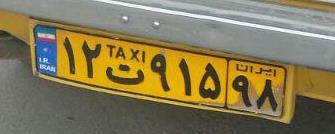
۱۲ت۹۱۵۹۸